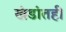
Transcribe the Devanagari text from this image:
खंडांतही